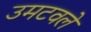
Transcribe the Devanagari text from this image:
उमटवले